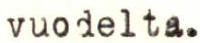
vuodelta.